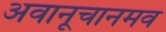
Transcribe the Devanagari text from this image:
अवानूचानमव